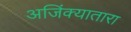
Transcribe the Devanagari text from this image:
अजिंक्यातारा